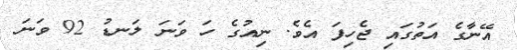
އޭނާގެ އަތުގައި ޖެހިފަ އެވެ. ނިއުގެ ހަ ވަނަ ލަނޑު 92 ވަނަ